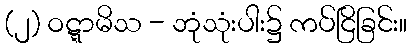
(၂) ဝဋ္ဋာမိသ - ဘုံသုံးပါး၌ ကပ်ငြိခြင်း။